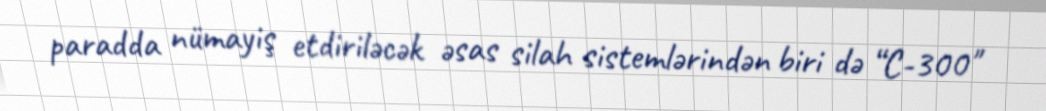
paradda nümayiş etdiriləcək əsas silah sistemlərindən biri də “C-300"